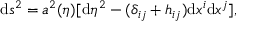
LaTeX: \mathrm { d } s ^ { 2 } = a ^ { 2 } ( \eta ) [ \mathrm { d } \eta ^ { 2 } - ( \delta _ { i j } + h _ { i j } ) \mathrm { d } x ^ { i } \mathrm { d } x ^ { j } ] ,